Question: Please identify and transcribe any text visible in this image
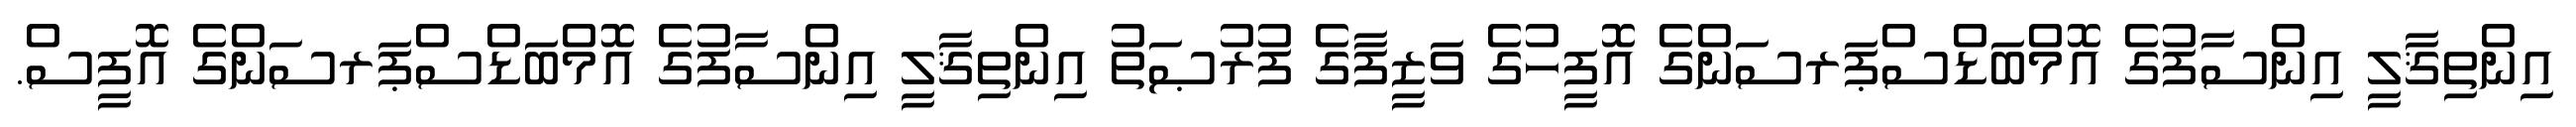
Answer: އިންތިޤާލީ އިންސާފުގެ އޮމްބަޑްސްޕަރސަންގެ އޮފީހުގެ ވަޒީފާގެ ފުރުޞަތު އިންތިޤާލީ އިންސާފުގެ އޮމްބަޑްސްޕަރސަންގެ އޮފީސް.